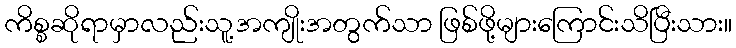
ကိစ္စဆိုရာမှာလည်းသူ့အကျိုးအတွက်သာ ဖြစ်ဖို့များကြောင်းသိပြီးသား။